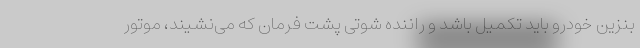
بنزین خودرو باید تکمیل باشد و راننده شوتی پشت فرمان که می‌نشیند، موتور